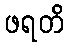
ဖရတိ